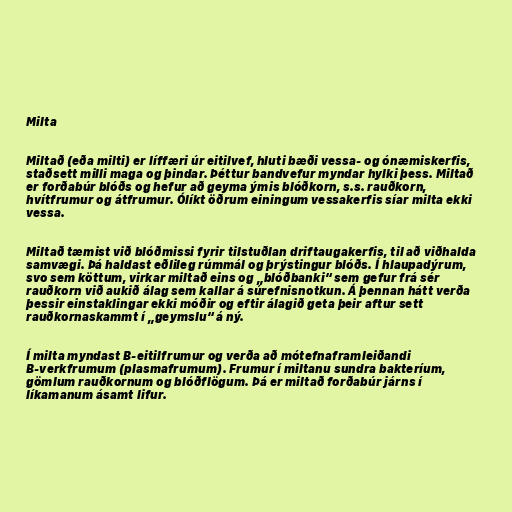
Milta

Miltað (eða milti) er líffæri úr eitilvef, hluti bæði vessa- og ónæmiskerfis,
staðsett milli maga og þindar. Þéttur bandvefur myndar hylki þess. Miltað
er forðabúr blóðs og hefur að geyma ýmis blóðkorn, s.s. rauðkorn,
hvítfrumur og átfrumur. Ólíkt öðrum einingum vessakerfis síar milta ekki
vessa.

Miltað tæmist við blóðmissi fyrir tilstuðlan driftaugakerfis, til að viðhalda
samvægi. Þá haldast eðlileg rúmmál og þrýstingur blóðs. Í hlaupadýrum,
svo sem köttum, virkar miltað eins og „blóðbanki“ sem gefur frá sér
rauðkorn við aukið álag sem kallar á súrefnisnotkun. Á þennan hátt verða
þessir einstaklingar ekki móðir og eftir álagið geta þeir aftur sett
rauðkornaskammt í „geymslu“ á ný.

Í milta myndast B-eitilfrumur og verða að mótefnaframleiðandi
B-verkfrumum (plasmafrumum). Frumur í miltanu sundra bakteríum,
gömlum rauðkornum og blóðflögum. Þá er miltað forðabúr járns í
líkamanum ásamt lifur.